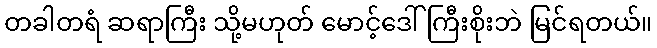
တခါတရံ ဆရာကြီး သို့မဟုတ် မောင့်ဒေါ်ကြီးစိုးဘဲ မြင်ရတယ်။